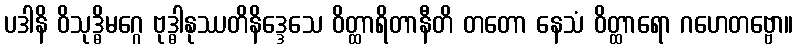
ပဒါနိ ဝိသုဒ္ဓိမဂ္ဂေ ဗုဒ္ဓါနုဿတိနိဒ္ဒေသေ ဝိတ္ထာရိတာနီတိ တတော နေသံ ဝိတ္ထာရော ဂဟေတဗ္ဗော။